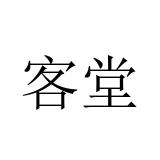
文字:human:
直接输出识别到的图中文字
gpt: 客堂